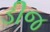
ડીજ